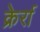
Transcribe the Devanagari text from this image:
क्रेर्रा